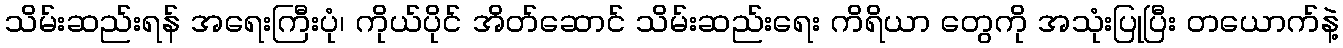
သိမ်းဆည်းရန် အရေးကြီးပုံ၊ ကိုယ်ပိုင် အိတ်ဆောင် သိမ်းဆည်းရေး ကိရိယာ တွေကို အသုံးပြုပြီး တယောက်နဲ့